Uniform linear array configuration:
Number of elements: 48
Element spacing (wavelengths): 0.25
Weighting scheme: binomial
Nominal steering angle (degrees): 60
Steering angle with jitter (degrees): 58.253
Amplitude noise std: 0.05
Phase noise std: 0.05

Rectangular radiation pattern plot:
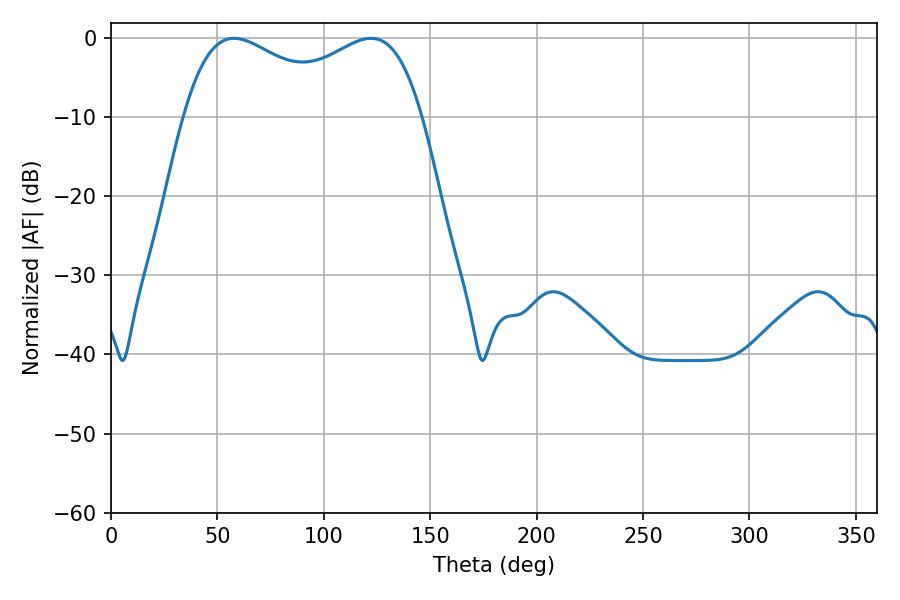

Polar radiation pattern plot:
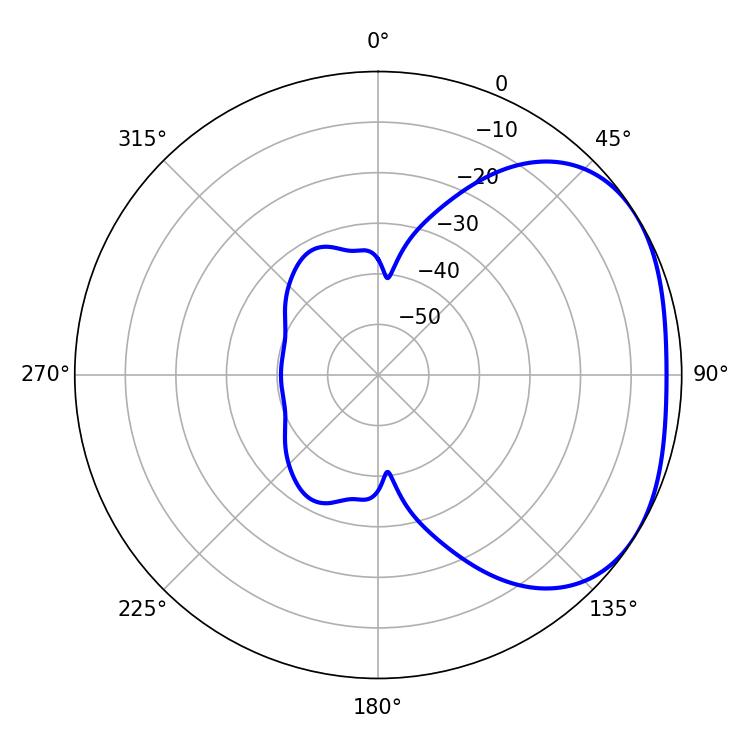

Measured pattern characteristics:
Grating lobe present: FALSE
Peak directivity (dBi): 2.452
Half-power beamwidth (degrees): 92.52
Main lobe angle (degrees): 57.78